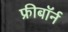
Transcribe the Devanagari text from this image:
फ्रीबॉर्न